Indian journal of veterinary science and animal husbandry - Volume 12,
Year: 1942
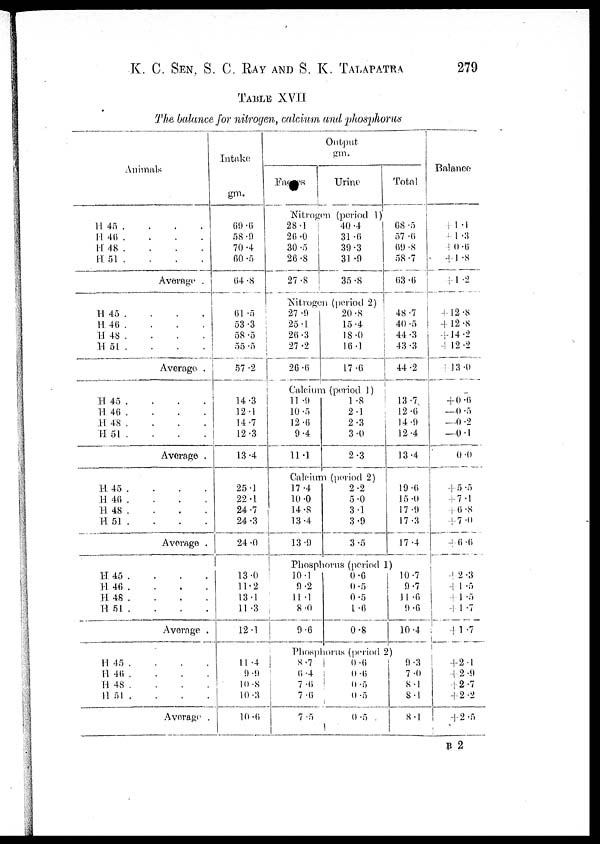
K. C. SEN, S. C. RAY AND S. K. TALAPATRA 279
TABLE XVII
The balance for nitrogen, calcium and phosphorus
Animals
H 45 .
.
.
.
H 46 . . . .
H 48 . . . .
H 51 . . . .
Average .
H 45 . . . .
H
46 . . . .
H 48 . . . .
H 51 . . . .
Average. .
H 45 .
.
.
.
H
46 . . . .
H 48 . . . .
H 51 . . . .
Average .
H 45 . . . .
H 46 . . . .
H 48 . . . .
H
51 . . . .
Average .
H 45 . . . .
H 46 . . . .
H 48 . . . .
H 51 .
. . .
Average .
H 45 . . . .
H
46 . . . .
H 48 . . . .
H 51 . . . .
Average. .
Intake
gm.
69.6
58.9
70.4
60.5
64 .8
61.5
53.3
58.5
55.5
57.2
14.3
12.1
14.7
12.3
13.4
25.1
22.1
24.7
24.3
24.0
13.0
11.2
13.1
11.3
12.1
11.4
9.9
10.8
10.3
10.6
Output
gm.
Faeces
Urine
Nitrogen (period 1)
28.1
26.0
30.5
26.8
27.8
40.4
31.6
39.3
31.9
35.8
Nitrogen .(period 2)
27.9
25.1
26.3
27.2
26.6
20.8
15.4
18.0
16.1
17.6
Calcium (period. 1)
11.9
10.5
12.6
9.4
11.1
1.8
2.1
2.3
3.0
2.3
Calcium (period 2)
17.4
10.0
14.8
13.4
13.9
2.2
5.0
3.1
3.9
3.5
Phosphorus (period .1)
10.1
9.2
11.1
8.0
9.6
0.6
0.5
0.5
1.6
0.8
Phosphorus (period 2)
8.7
6.4
7.6
7.6
7.5
0.6
0.6
0.5
0.5
0.5
Total
68.5
57.6
69.8
58.7
63.6
48.7
40.5
44.3
43.3
44.2
13.7
12.6
14.9
12.4
13.4
19.6
15.0
17.9
17.3
17.4
10.7
9.7
11.6
9.6
10.4
9.3
7.0
8.1
8.1
8.1
Balance
+1.1
+1.3
+0.6
+1.8
+l.2
+12.8
+12.8
+14.2
+12.2
+13.0
+ 0.6
—0.5
—0.2
—0.1
0.0
+5.5
+7.1
+6.8
+7.0
+6.6
+2.3
+1.5
+1.5
+1.7
+1.7
+2.1
+2.9
+2.7
+2.2
+2.5
B 2